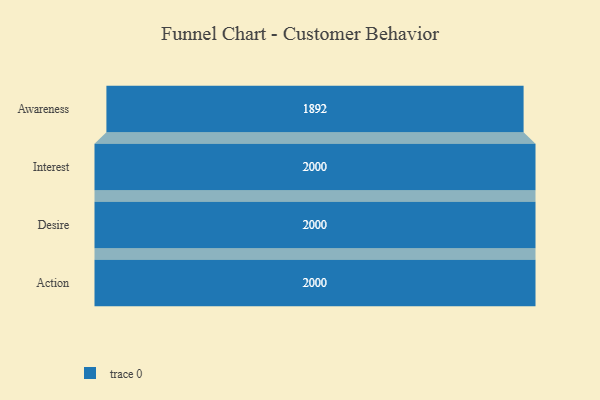
{"axis": {"x": "Stage", "y": "Value"}, "legend": [""], "data": [{"x": "Awareness", "y": 1892.0, "type": ""}, {"x": "Interest", "y": 2000, "type": ""}, {"x": "Desire", "y": 2000, "type": ""}, {"x": "Action", "y": 2000, "type": ""}]}